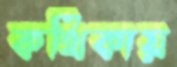
কথিকায়